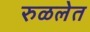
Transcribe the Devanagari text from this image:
रुळलेत